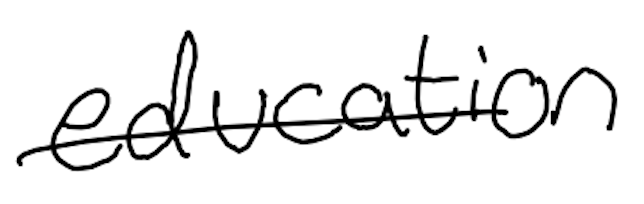
Text: education
Cross-out: single-line
Writing tool: digital_black